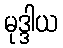
မုဒ္ဒါယ